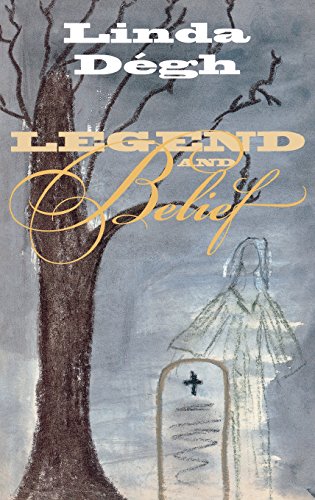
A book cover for Legend and Belief: Dialectics of a Folklore Genre; Linda DÃ©gh; Humor & Entertainment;